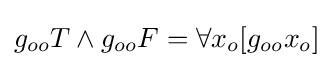
g_{oo}T\land g_{oo}F=\forall x_{o}[g_{oo}x_{o}]